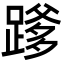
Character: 𮜄